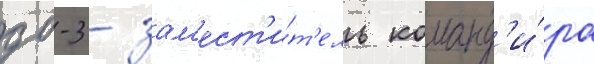
дб-3 - зам'ест'и́т'ель команд'и́ра